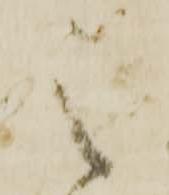
之